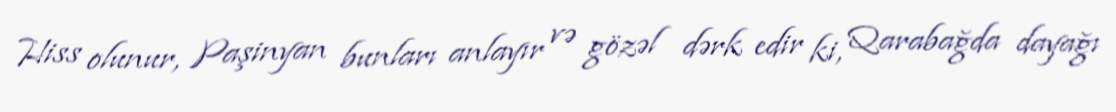
Hiss olunur, Paşinyan bunları anlayır və gözəl dərk edir ki, Qarabağda dayağı